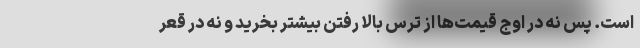
است. پس نه در اوج قیمت‌ها از ترس بالا رفتن بیشتر بخرید و نه در قعر